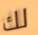
لك